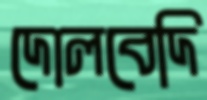
দোলবেদি